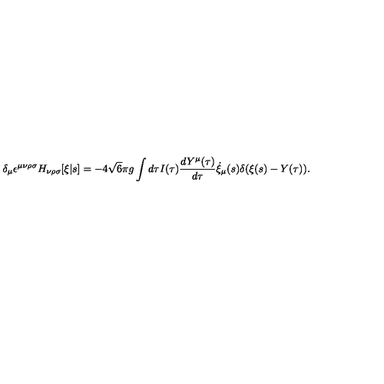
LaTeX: \delta _ { \mu } \epsilon ^ { \mu \nu \rho \sigma } H _ { \nu \rho \sigma } [ \xi | s ] = - 4 \sqrt { 6 } \pi g \int d \tau I ( \tau ) \frac { d Y ^ { \mu } ( \tau ) } { d \tau } \dot { \xi } _ { \mu } ( s ) \delta ( \xi ( s ) - Y ( \tau ) ) .